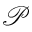
\mathcal { P }